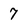
Character: 7